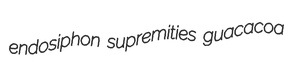
endosiphon supremities guacacoa